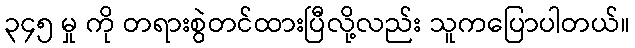
၃၄၅ မှု ကို တရားစွဲတင်ထားပြီလို့လည်း သူကပြောပါတယ်။